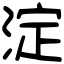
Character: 淀